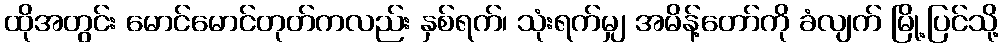
ထိုအတွင်း မောင်မောင်တုတ်ကလည်း နှစ်ရက်၊ သုံးရက်မျှ အမိန့်တော်ကို ခံလျက် မြို့ပြင်သို့